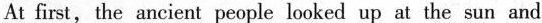
At first, the ancient people looked up at the sun and